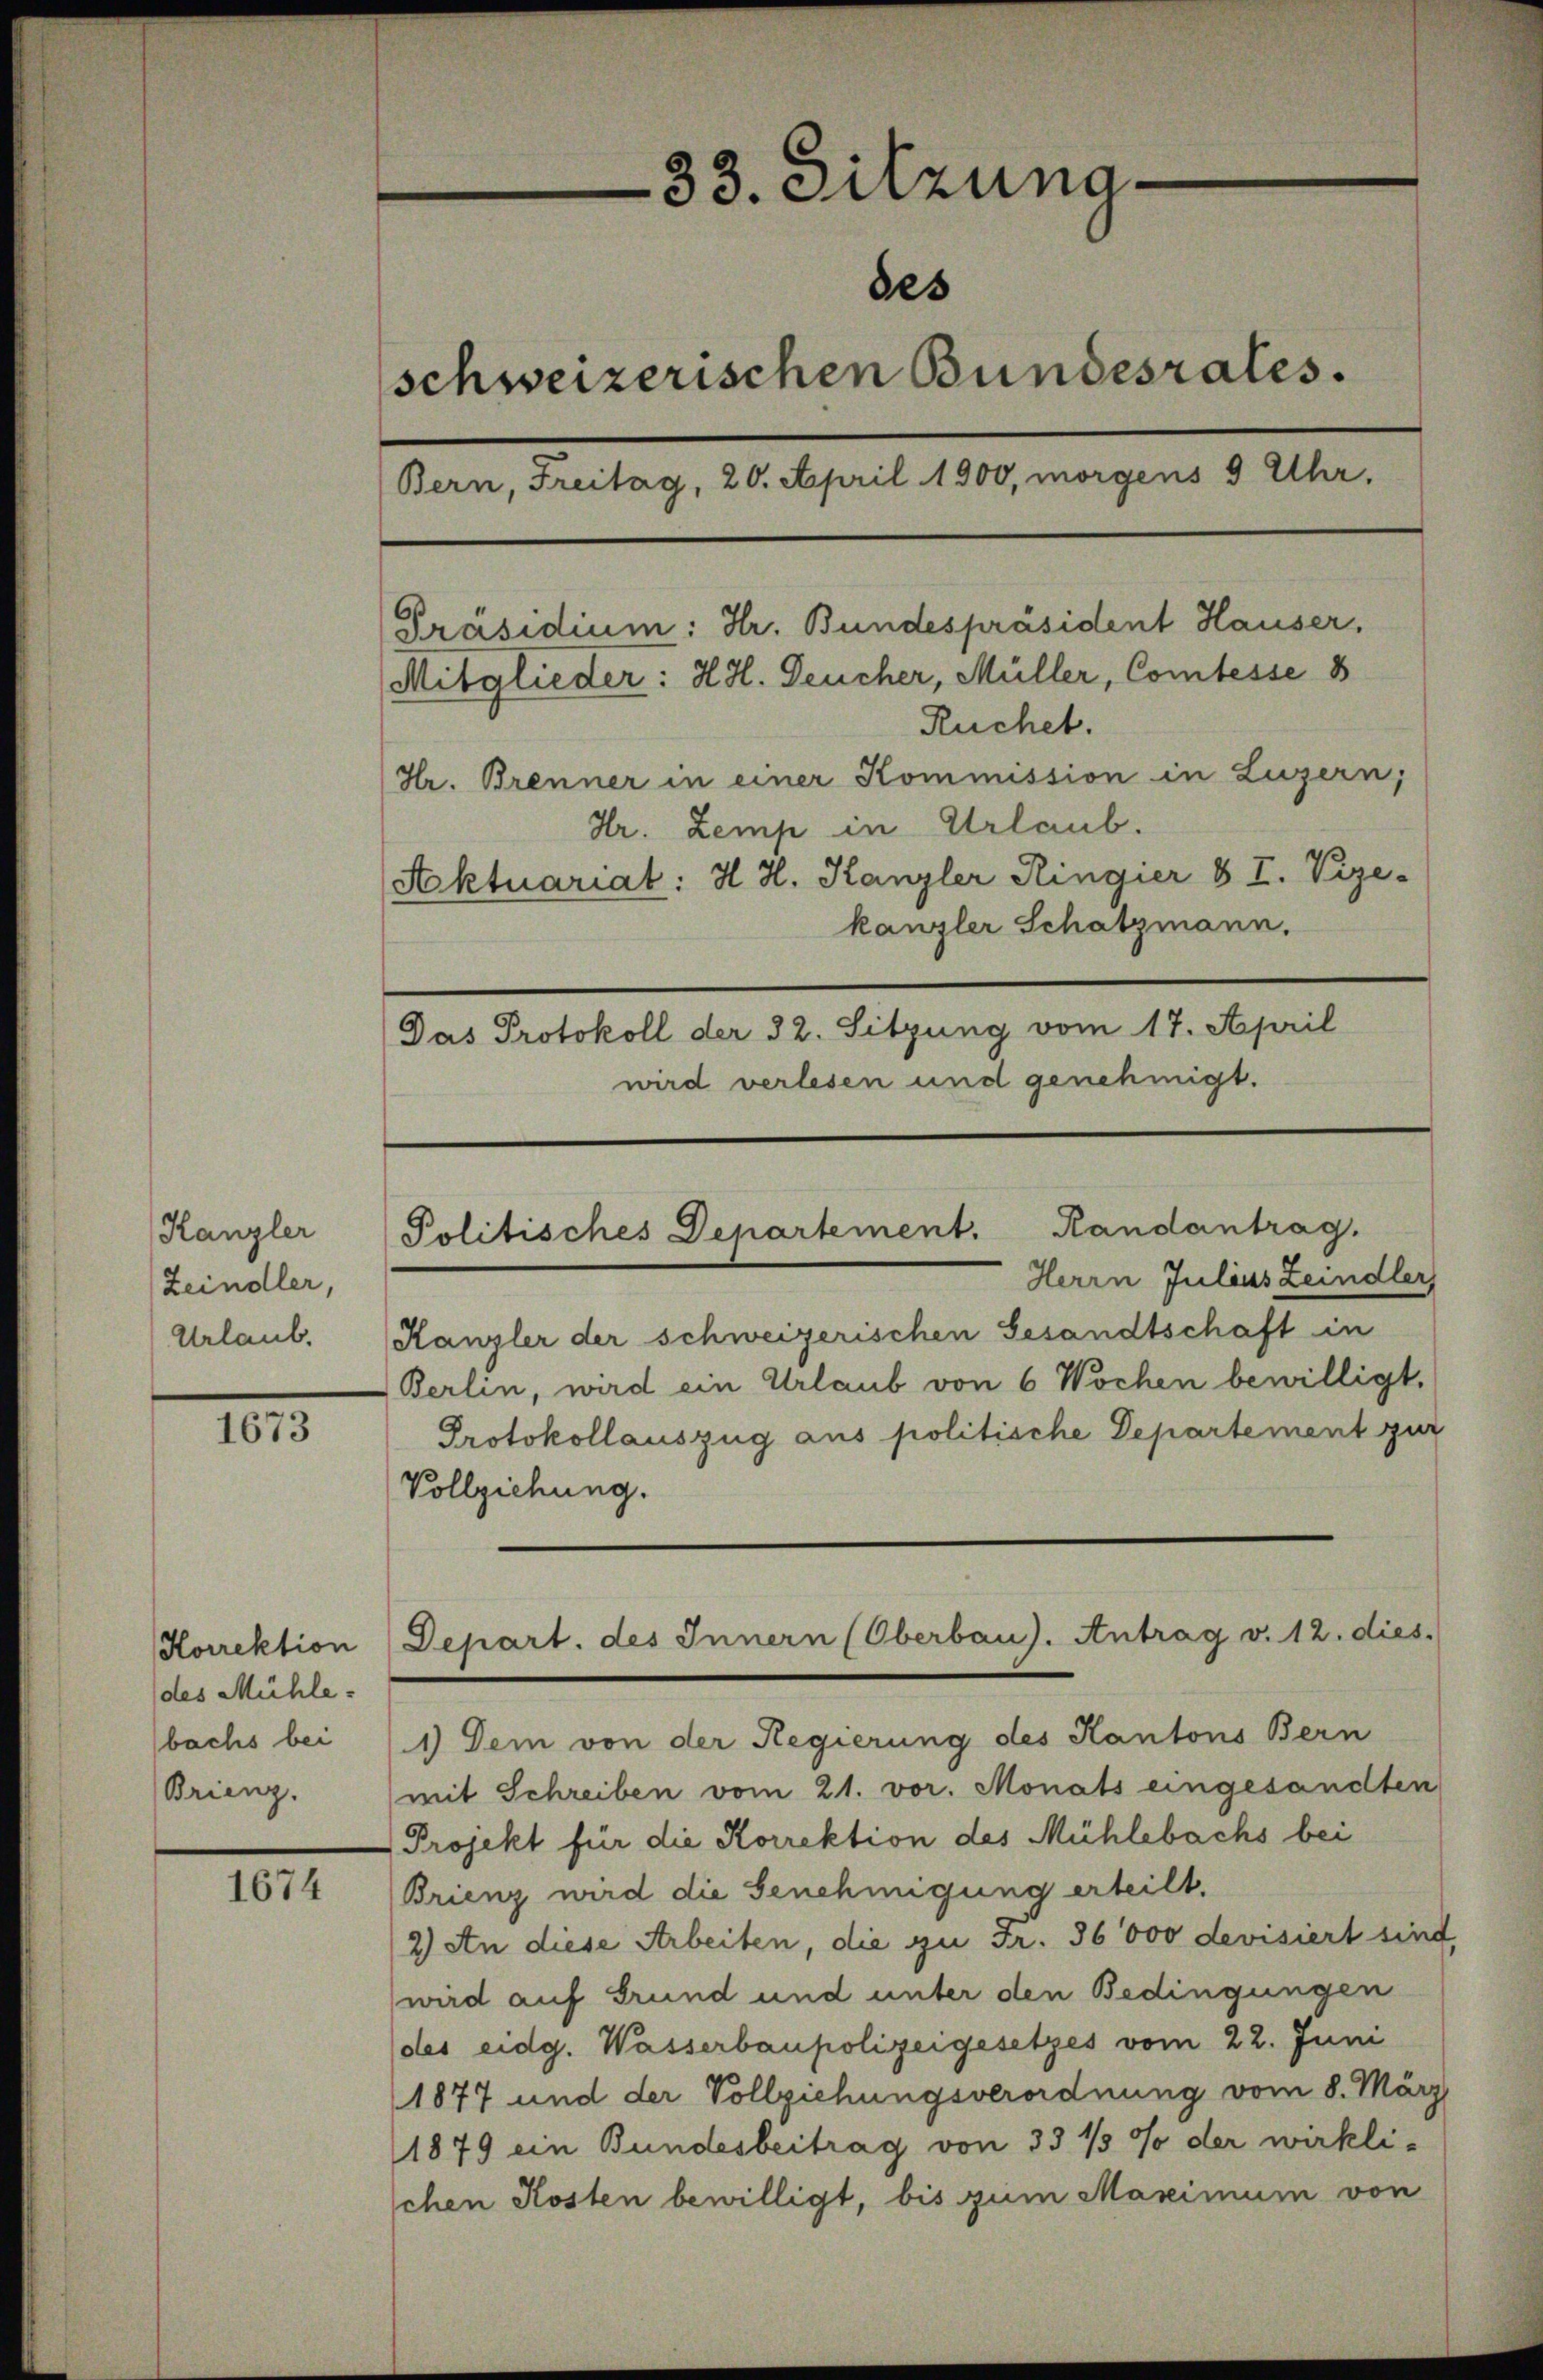
Kanzler
Zeindler,
Urlaub.

1673

Horrektion
des Mühle.
bachs bei
Brienz.

1674

33. Sitzuna
des
schweizerischen Bundesrates.
Bern, Freitag, 20. April 1900, morgens 9 Uhr.
[Präsidium: Hr. Bundespräsident Hauser,
Mitglieder: H. H. Deucher, Müller, Comtesse 8
Ruchet.
Hr. Brenner in einer Kommission in Luzern,
Hr. Zemp in Urlaub.
Aktuariat: H. H. Kanzler Ringier § I. Vize-
kanzler Schatzmann.
Das Protokoll der 32. Sitzung vom 17. April
wird verlesen und genehmigt.

Randantrag.
Politisches Departement.
Herrn Julius Leindler,

Berlin, wird ein Urlaub von 6 Wochen bewilligt,
Protokollauszug aus politische Departement zur

Depart. des Innern (Oberbau). Antrag v. 12. dies

Kanzler der schweizerischen Gesandtschaft in
Vollziehung.
1.) Dem von der Regierung des Kantons Bern
mit Schreiben vom 21. vor. Monats eingesandten
Projekt für die Korrektion des Mühlebachs bei
Brienz wird die Genehmigung erteilt.
2) An diese Arbeiten, die zu Fr. 36000 devisiert sind
wird auf Grund und unter den Bedingungen
(des eidg. Wasserbaupolizeigesetzes vom 22. Juni
1877 und der Vollziehungsverordnung vom 8. März
1879 ein Bundesbeitrag von 35 % % der wirkli-
schen Kosten bewilligt, bis zum Maximum von